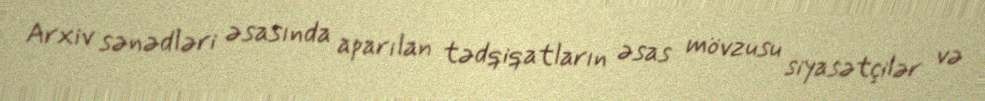
Arxiv sənədləri əsasında aparılan tədqiqatların əsas mövzusu siyasətçilər və